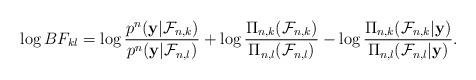
LaTeX: \begin{align*}\log BF_{kl}=\log \frac{p^{n}(\mathbf{y} | \mathcal{F}_{n, k})}{p^{n}(\mathbf{y} | \mathcal{F}_{n, l})} + \log \frac{\Pi_{n, k}(\mathcal{F}_{n, k})}{\Pi_{n,l}(\mathcal{F}_{n,l})} -\log \frac{\Pi_{n,k}(\mathcal{F}_{n, k} | \mathbf{y})}{\Pi_{n, l}(\mathcal{F}_{n,l} | \mathbf{y})}.\end{align*}